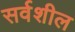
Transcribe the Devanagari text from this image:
सर्वशील